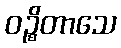
ဝဉ္စိတာသေ